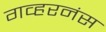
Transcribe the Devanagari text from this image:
गव्हरनंस